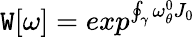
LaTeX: \mathtt{W}[\omega]=exp^{\oint_{\gamma}\omega_{\theta}^{0}J_{0}}